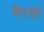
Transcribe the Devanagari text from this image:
मैरवां